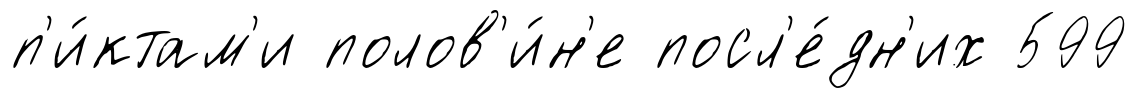
п'и́ктам'и полов'и́н'е посл'е́дн'их 599